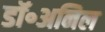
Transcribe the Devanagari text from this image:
डॉ॰अनिल